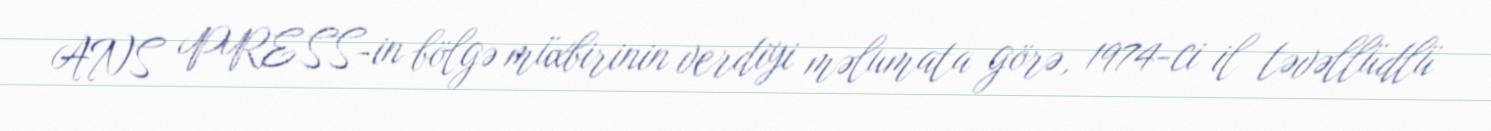
ANS PRESS-in bölgə müxbirinin verdiyi məlumata görə, 1974-ci il təvəllüdlü